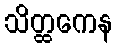
သိတ္ထကေန